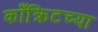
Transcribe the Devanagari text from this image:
काँक्रिटच्या